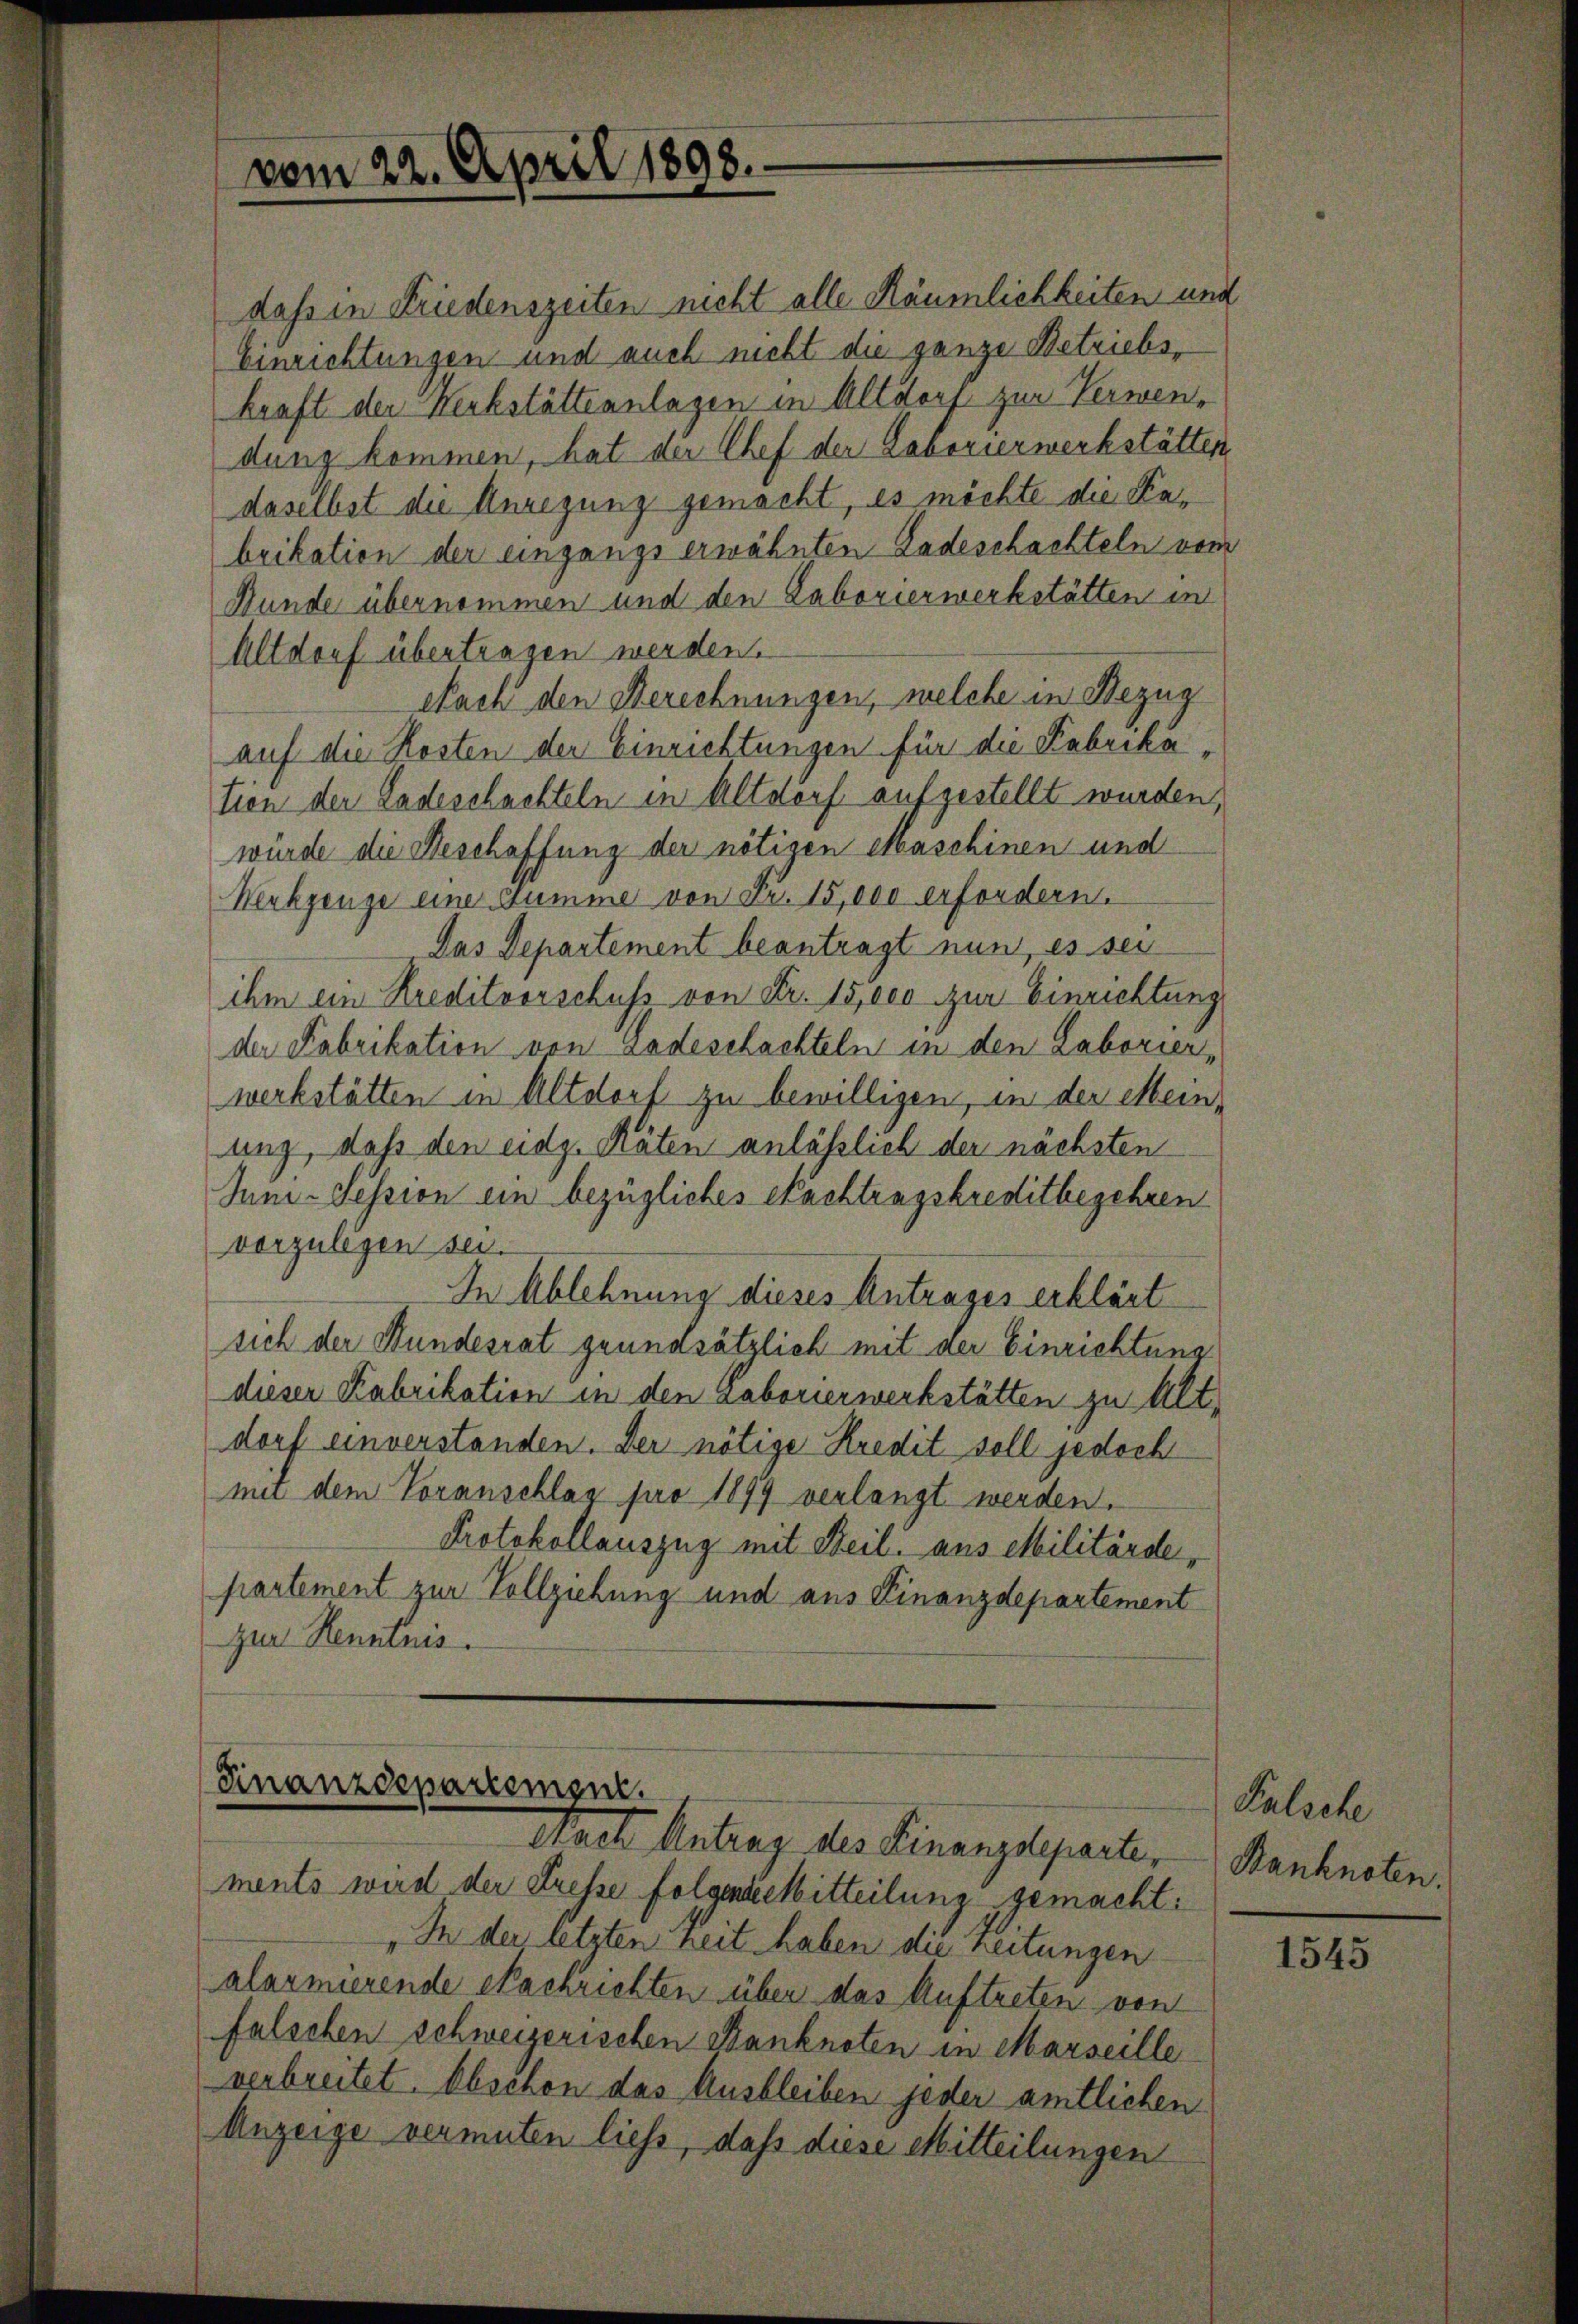
vom 22. April 1898.

daß in Friedenszeiten nicht alle Räumlichkeiten und
Einrichtungen und auch nicht die ganze Betriebskraft der Herbstätteanlagen in Altdorf zur Verwendung kommen, hat der Chef der Laborierwerkstätten
daselbst die Anregung gemacht, es möchte die Kabrikation der eingangs erwähnten Radeschachteln vom
Hunde übernommen und den Laborierwerkstätten in
Altdorf übertragen werden.
Nach den Berechnungen, welche in Bezug
auf die Kosten der Einrichtungen für die Fabrika
tion der Ladeschachteln in Altorf aufgestellt wurden,
würde die Beschaffung der nötigen Maschinen und
Werkzeuge eine Summe von Fr. 15,000 erfordern.
Das Departement beantragt nun, es sei
ihm ein Kreditvorschuss von Fr. 15,000 zur Einrichtung
der Fabrikation von Ladeschachteln in den Laborier,
werkstätten in Altdorf zu bewilligen, in der Mein
ung, daß den eidg. Räten anlässlich der nächsten
Jum- Session ein bezügliches Nachtragskreditbegehren
vorzulegen sei.
In Ablehnung dieses Antrages erklärt
sich der Wundesrat grundsätzlich mit der Einrichtung
dieser Fabrikation in den Laborierwerkstätten zu Alt-
dorf unverstanden. Der nötige Kredit soll jedoch
mi dem Voranschlag pro 1899 verlangt werden.
Protokollauszug mit Beil. aus Militärde,
partement zur Vollziehung und aus Finanzdepartement
zur Kenntnus.

Finanzdepartement.
Nach Antrag des Finanzdeparter

ments wird der Fresse folgendeckitteilung gemacht:
„In der letzten heit haben die reitungen
alarmierende Nachrichten über das Auftreten von
falschen Schweizerischen Banknoten in Marseille
verbreitet. Obschon das Ausbleiben jeder amtlichen
Anzeige vermuten liess, daß diese Mitteilungen

Palache
Banknoten.

1545